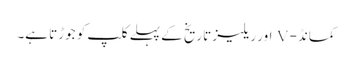
کمانڈ- V اور ریلیز تاریخ کے پہلے کلپ کو جوڑتا ہے۔